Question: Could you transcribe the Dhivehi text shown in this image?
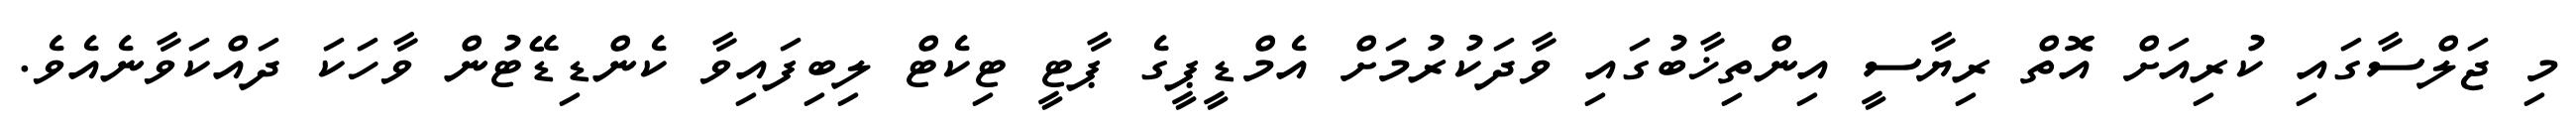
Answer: މި ޖަލްސާގައި ކުރިއަށް އޮތް ރިޔާސީ އިންތިޚާބުގައި ވާދަކުރުމަށް އެމްޑީޕީގެ ޕާޓީ ޓިކެޓް ލިބިފައިވާ ކެންޑިޑޭޓުން ވާހަކަ ދައްކަވާނެއެވެ.